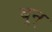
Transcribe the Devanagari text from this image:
बुन्‌